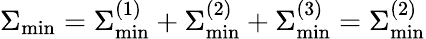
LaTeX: \Sigma_{\mathrm{min}}=\Sigma_{\mathrm{min}}^{(1)}+\Sigma_{\mathrm{min}}^{(2)}+\Sigma_{\mathrm{min}}^{(3)}=\Sigma_{\mathrm{min}}^{(2)}